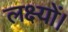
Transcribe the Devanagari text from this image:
लक्ष्यों।